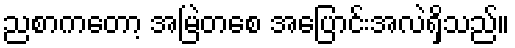
ညစာကတော့ အမြဲတစေ အပြောင်းအလဲရှိသည်။